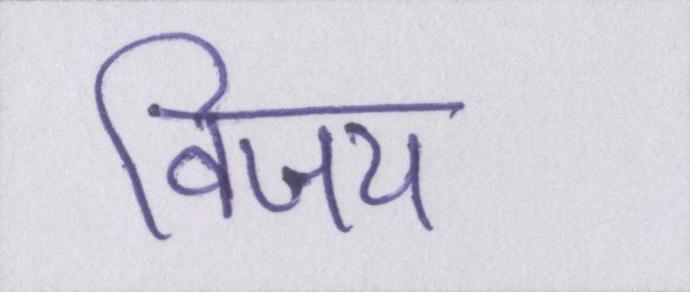
विजय